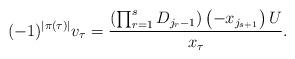
LaTeX: \begin{align*} (-1)^{|\pi(\tau)|}v_{\tau}=\dfrac{ \left(\prod_{r=1}^{s}D_{j_{r}-1} \right) \left( -x_{j_{s+1}}\right) U }{x_{\tau}}.\end{align*}